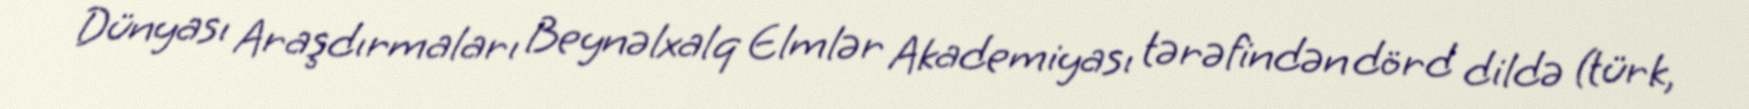
Dünyası Araşdırmaları Beynəlxalq Elmlər Akademiyası tərəfindən dörd dildə (türk,